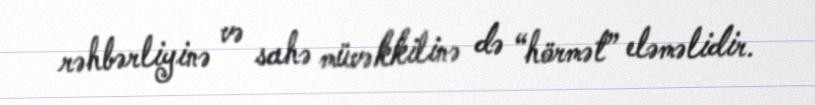
rəhbərliyinə və sahə müvəkkilinə də “hörmət” eləməlidir.